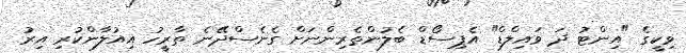
ވިކީގެ "އިންޓު ދަ ވައިލްޑް" އެޕިސޯޑް ބެލުންތެރިންނަށް ގެނެސްދޭނެ ތާރީހު އިއުލާންކުރި އިރު